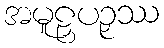
အမူဠှပဉှဿ